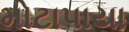
મોટાપાયા